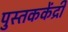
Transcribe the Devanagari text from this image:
पुस्तककेंद्री